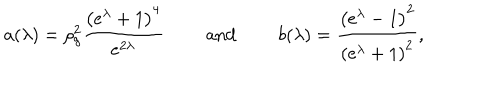
a ( \lambda ) = \rho _ { g } ^ { 2 } \frac { \left( e ^ { \lambda } + 1 \right) ^ { 4 } } { e ^ { 2 \lambda } } \qquad \mathrm { ~ a n d ~ } \qquad b ( \lambda ) = \frac { \left( e ^ { \lambda } - 1 \right) ^ { 2 } } { \left( e ^ { \lambda } + 1 \right) ^ { 2 } } ,